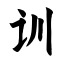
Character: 训